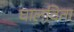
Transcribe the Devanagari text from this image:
घालविता